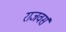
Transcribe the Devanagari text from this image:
राजवर्स